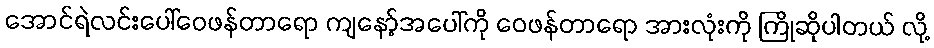
အောင်ရဲလင်းပေါ်ဝေဖန်တာရော ကျနော့်အပေါ်ကို ဝေဖန်တာရော အားလုံးကို ကြိုဆိုပါတယ် လို့